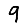
Digit: 9